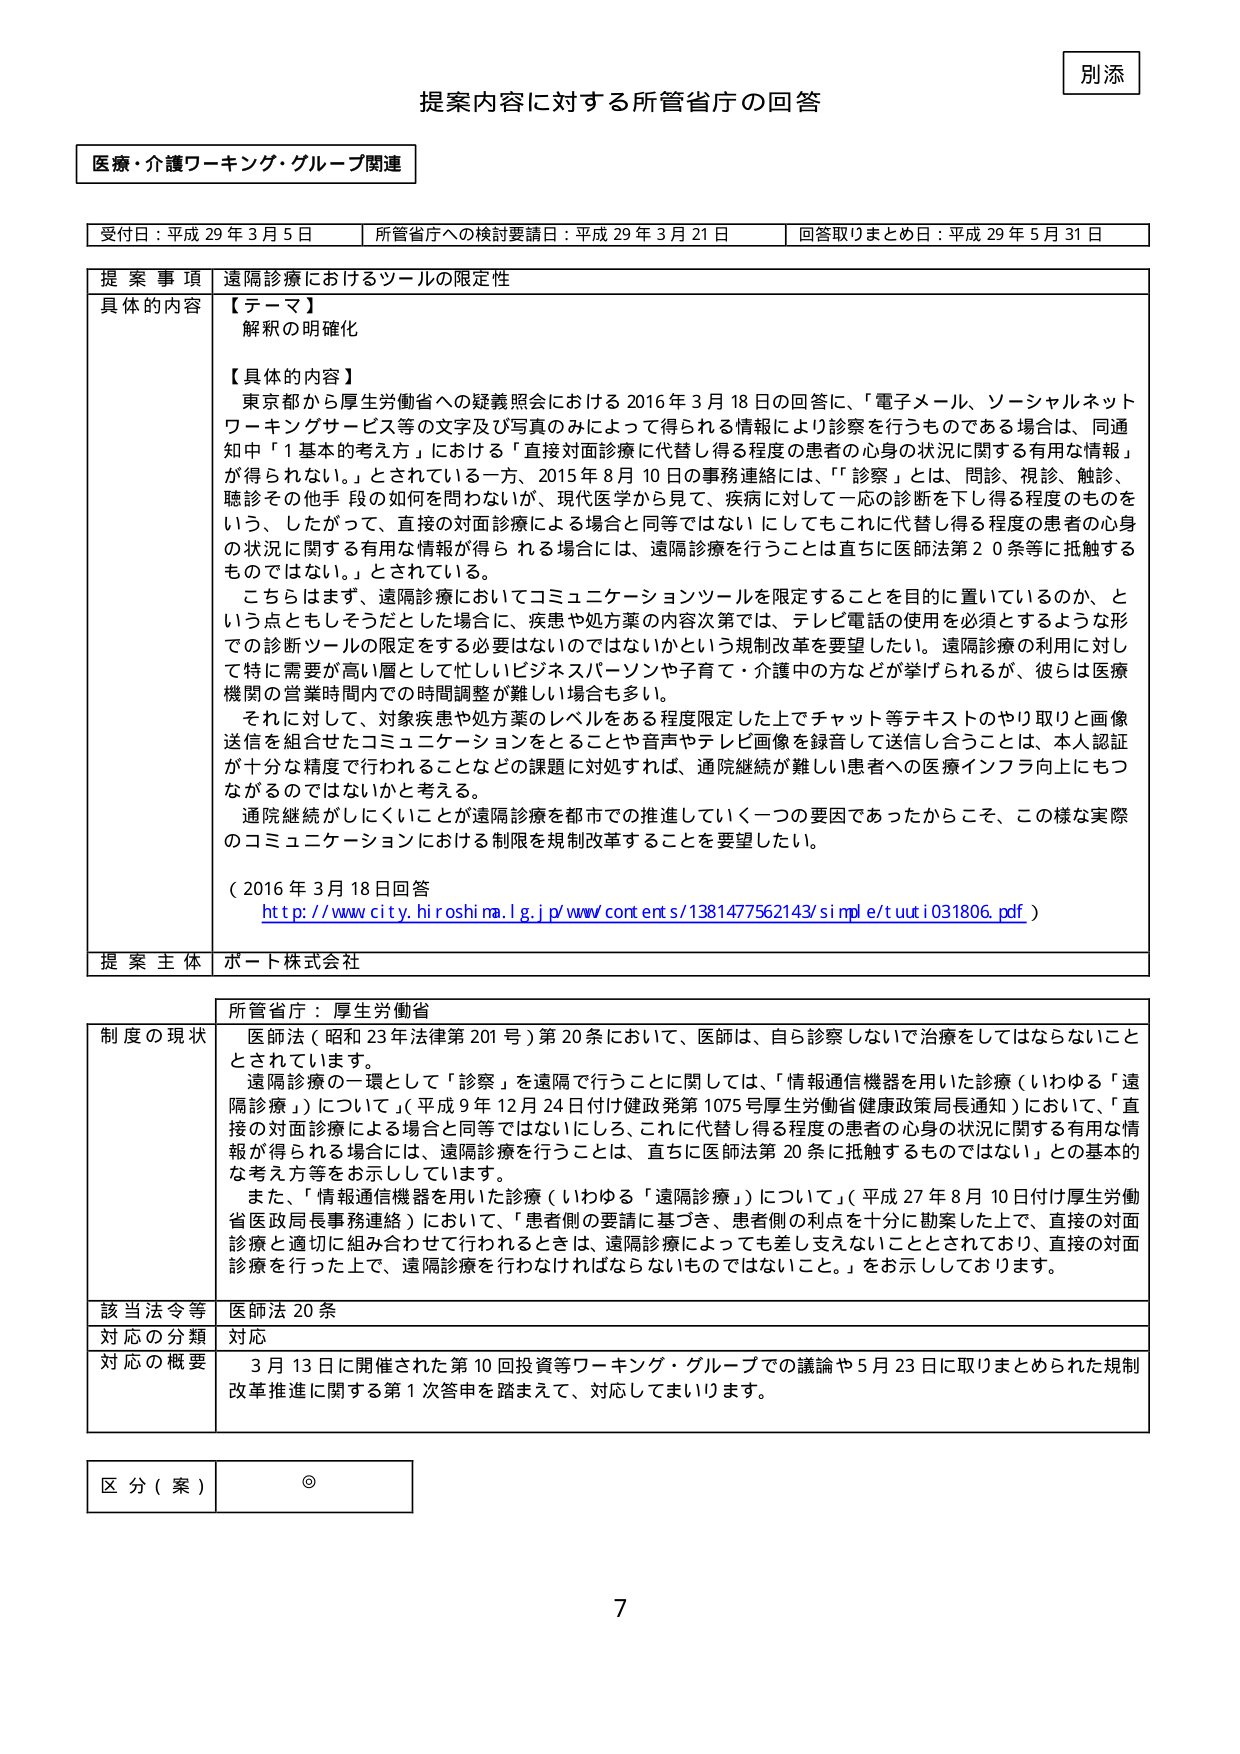
別添

提案内容に対する所管省庁の回答

医療・介護ワーキング・グループ関連

受付日：平成29年3月5日　　所管省庁への検討要請日：平成29年3月21日　　回答取りまとめ日：平成29年5月31日

提案事項　遠隔診療におけるツールの限定性

具体的な内容　【テーマ】
解釈の明確化

【具体的内容】
東京都から厚生労働省への疑義照会における2016年3月18日の回答に、「電子メール、ソーシャルネットワーキングサービス等の文字及び写真のみによって得られる情報により診察を行うものである場合は、同通知中「1基本的考え方」における「直接対面診療に代替し得る程度の患者の心身の状況に関する有用な情報」が得られない。」とされている一方、2015年8月10日の事務連絡には、「『診察』とは、問診、視診、触診、聴診その他手段の如何を問わないが、現代医学から見て、疾病に対して一応の診断を下し得る程度のものをいう、したがって、直接の対面診療による場合と同等ではないにしてもこれに代替し得る程度の患者の心身の状況に関する有用な情報が得られる場合には、遠隔診療を行うことは直ちに医師法第20条等に抵触するものではない。」とされている。

こちらはまず、遠隔診療においてコミュニケーションツールを限定することを目的に置いているのか、という点ともしそうだとした場合に、疾患や処方薬の内容次第では、テレビ電話の使用を必須とするような形での診断ツールの限定をする必要はないのではないかという規制改革を要望したい。遠隔診療の利用に対して特に需要が高い層として忙しいビジネスパーソンや育て・介護中の方などが挙げられるが、彼らは医療機関の営業時間内での時間調整が難しい場合も多い。

それに対して、対象疾患や処方薬のレベルをある程度限定した上でチャット等テキストのやり取りと画像送信を組合せたコミュニケーションをとることや音声やテレビ画像を録音して送信し合うことは、本人認証が十分な精度で行われることなどの課題に対処すれば、通院継続が難しい患者への医療インフラ向上にもつながるのではないかと考える。

通院継続がしにくいことが遠隔診療を都市での推進していく一つの要因であったからこそ、この様な実際のコミュニケーションにおける制限を規制改革することを要望したい。

（2016年3月18日回答
http://www.city.hiroshima.lg.jp/www/contents/1381477562143/simple/tuuti031806.pdf）

提案主体　ポート株式会社

所管省庁：厚生労働省

制度の現状　医師法（昭和23年法律第201号）第20条において、医師は、自ら診察しないで治療をしてはならないこととされています。

遠隔診療の一環として「診察」を遠隔で行うことに関しては、「情報通信機器を用いた診療（いわゆる「遠隔診療」）について」（平成9年12月24日付け健政発第1075号厚生労働省健康政策局長通知）において、「直接の対面診療による場合と同等ではないにしろ、これに代替し得る程度の患者の心身の状況に関する有用な情報が得られる場合には、遠隔診療を行うことは、直ちに医師法第20条に抵触するものではない」との基本的な考え方等をお示ししています。

また、「情報通信機器を用いた診療（いわゆる「遠隔診療」）について」（平成27年8月10日付け厚生労働省医政局長事務連絡）において、「患者側の要請に基づき、患者者の利益を十分に勘案した上で、直接の対面診療と適切に組み合わせて行われるときは、遠隔診療によっても差し支えないこととされており、直接の対面診療を行った上で、遠隔診療を行わなければならないものではないこと。」をお示ししております。

該当法令等　医師法20条

対応の分類　対応

対応の概要　3月13日に開催された第10回投資等ワーキング・グループでの議論や5月23日に取りまとめられた規制改革推進に関する第1次答申を踏まえて、対応してまいります。

区分（案）　◎

7